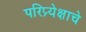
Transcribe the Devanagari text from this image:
परिप्र्येक्षाचे